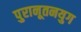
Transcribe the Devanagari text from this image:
पुरानूतनयुग